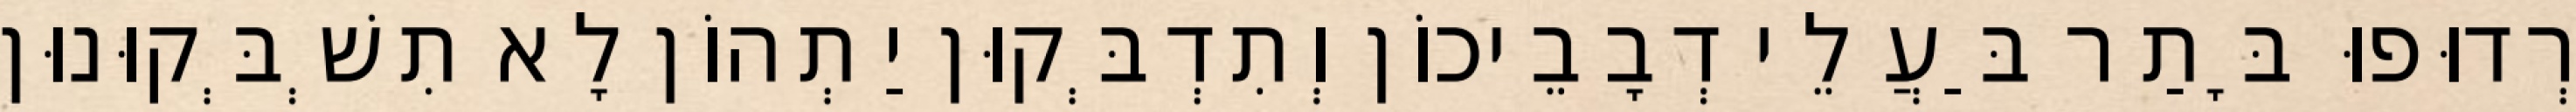
רְדוּפוּ בָּתַר בַּעֲלֵי דְבָבֵיכוֹן וְתִדְבְּקוּן יַתְהוֹן לָא תִשְׁבְּקוּנוּן